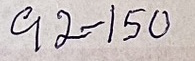
92 - 150